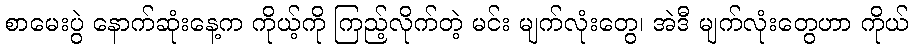
စာမေးပွဲ နောက်ဆုံးနေ့က ကိုယ့်ကို ကြည့်လိုက်တဲ့ မင်း မျက်လုံးတွေ၊ အဲဒီ မျက်လုံးတွေဟာ ကိုယ်